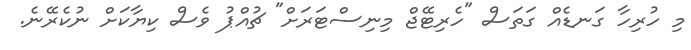
މި ހުރިހާ ގަނޑެއް ގަތަސް "ހެރިޓޭޖް މިނިސްޓަރަށް" ޗުއްޕު ވެސް ކިޔާކަށް ނުކެރޭނެ.